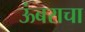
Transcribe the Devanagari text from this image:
ऊंबराचा